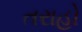
તરાહો